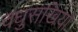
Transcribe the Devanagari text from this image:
वधुसखियां